Vaccination in Bombay 1863-1868 - 1863-1868
Year: 1863
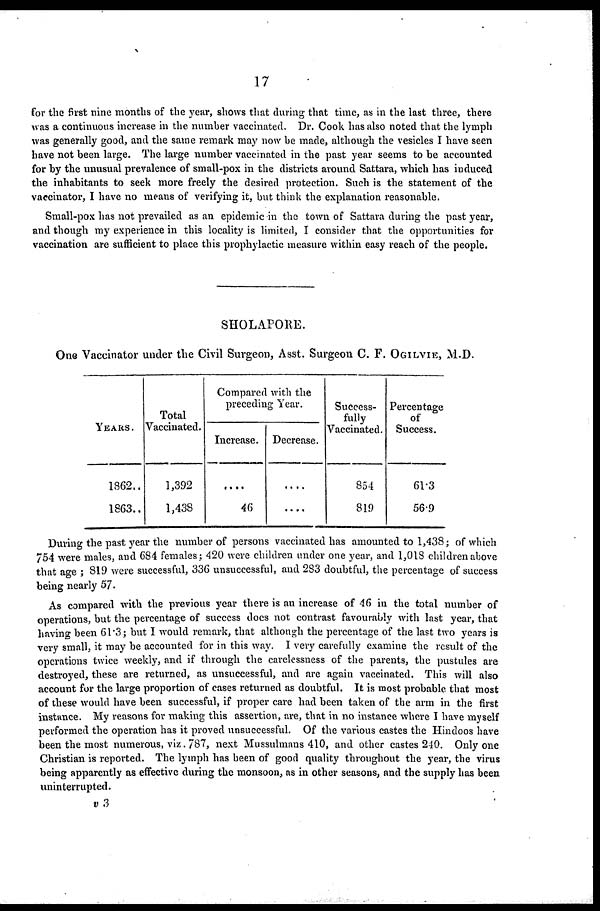
17
for the first nine months of the year, shows that during that time, as in the last three, there
was a continuous increase in the number vaccinated. Dr. Cook has also noted that the lymph
was generally good, and the same remark may now be made, although the vesicles I have seen
have not been large. The large number vaccinated in the past year seems to be accounted
for by the unusual prevalence of small-pox in the districts around Sattara, which has induced
the inhabitants to seek more freely the desired protection. Such is the statement of the
vaccinator, I have no means of verifying it, but think the explanation reasonable.
Small-pox has not prevailed as an epidemic in the town of Sattara during the past year,
and though my experience in this locality is limited, I consider that the opportunities for
vaccination are sufficient to place this prophylactic measure within easy reach of the people.
SHOLAPORE.
One Vaccinator under the Civil Surgeon, Asst. Surgeon C. F. OGILVIE, M.D.
YEARS .
1862..
1863..
Total
Vaccinated.
1,392
1,438
Compared with the
preceding Year.
Increase.
....
46
Decrease.
....
....
Success-
fully
Vaccinated.
854
819
Percentage
of
Success.
61.3
56.9
During the past year the number of persons vaccinated has amounted to 1,438; of which
754 were males, and 684 females; 420 were children under one year, and 1,018 children above
that age ; 819 were successful, 336 unsuccessful, and 283 doubtful, the percentage of success
being nearly 57.
As compared with the previous year there is an increase of 46 in the total number of
operations, but the percentage of success does not contrast favourably with last year, that
having been 61.3; but I would remark, that although the percentage of the last two years is
very small, it may be accounted for in this way. I very carefully examine the result of the
operations twice weekly, and if through the carelessness of the parents, the pustules are
destroyed, these are returned, as unsuccessful, and are again vaccinated. This will also
account for the large proportion of cases returned as doubtful. It is most probable that most
of these would have been successful, if proper care had been taken of the arm in the first
instance. My reasons for making this assertion, are, that in no instance where I have myself
performed the operation has it proved unsuccessful. Of the various castes the Hindoos have
been the most numerous, viz. 787, next Mussulmans 410, and other castes 240. Only one
Christian is reported. The lymph has been of good quality throughout the year, the virus
being apparently as effective during the monsoon, as in other seasons, and the supply has been
uninterrupted.
v 3